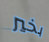
بخير